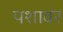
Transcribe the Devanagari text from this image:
पशावर